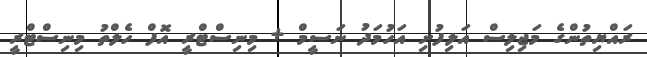
ރައްޔިތުންގެ މަޖިލިސް އަލިފުށި އަހުމަދު ނަސީމް + މިނިސްޓްރީ އޮފް ހެލްތު މިނިސްޓްރީ